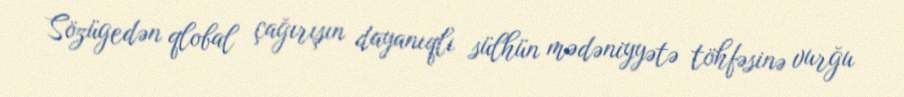
Sözügedən qlobal çağırışın dayanıqlı sülhün mədəniyyətə töhfəsinə vurğu